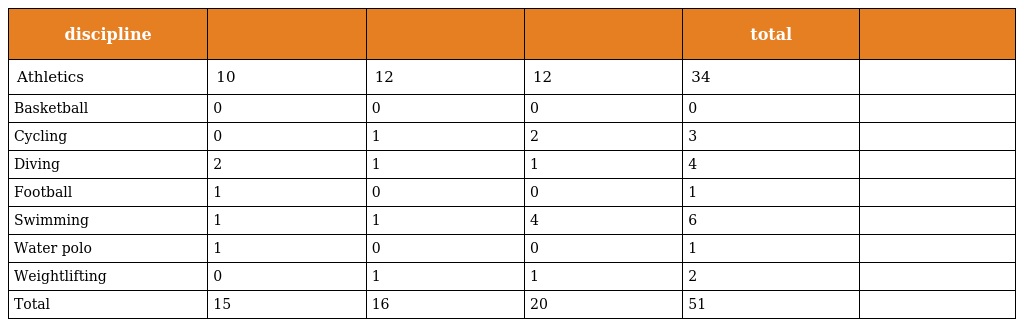
| discipline |  |  |  | total |  |
 | --- | --- | --- | --- | --- | --- |
 | Athletics | 10 | 12 | 12 | 34 |  |
 | Basketball | 0 | 0 | 0 | 0 |  |
 | Cycling | 0 | 1 | 2 | 3 |  |
 | Diving | 2 | 1 | 1 | 4 |  |
 | Football | 1 | 0 | 0 | 1 |  |
 | Swimming | 1 | 1 | 4 | 6 |  |
 | Water polo | 1 | 0 | 0 | 1 |  |
 | Weightlifting | 0 | 1 | 1 | 2 |  |
 | Total | 15 | 16 | 20 | 51 |  |